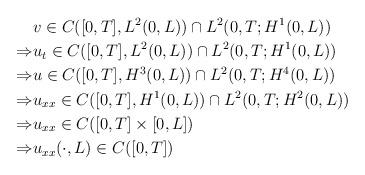
LaTeX: \begin{align*}&v\in C([0,T],L^{2}(0,L))\cap L^2(0,T;H^1(0,L))\\\Rightarrow &u_t\in C([0,T],L^{2}(0,L))\cap L^2(0,T;H^1(0,L))\\\Rightarrow &u\in C([0,T],H^3(0,L))\cap L^2(0,T;H^4(0,L))\\\Rightarrow &u_{xx}\in C([0,T],H^1(0,L))\cap L^2(0,T;H^2(0,L))\\\Rightarrow &u_{xx}\in C([0,T]\times[0,L])\\\Rightarrow &u_{xx}(\cdot,L)\in C([0,T])\\\end{align*}